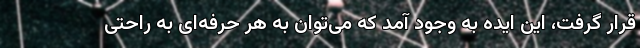
قرار گرفت، این ایده به وجود آمد که می‌توان به هر حرفه‌ای به راحتی